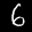
Label: 6